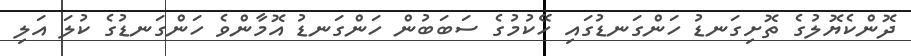
ދޮންކެޔޮލުގެ ތޮށިގަނޑު ހަންގަނޑުގައި ހޭކުމުގެ ސަބަބުން ހަންގަނޑު އޮމާންވެ ހަންގަނޑުގެ ކުލަ އަލި